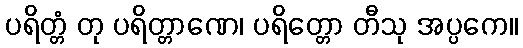
ပရိတ္တံ တု ပရိတ္တာဏေ၊ ပရိတ္တော တီသု အပ္ပကေ။